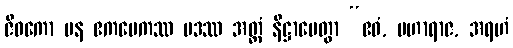
ဇီဝကော ပန ဧကမေကဿ ပဒဿ အတ္ထံ နိဋ္ဌာပေတွာ “ဧဝံ, မဟာရာဇ, အရဟံ